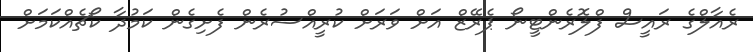
ރެއާލްގެ ރައީސް ފްލޮރެންޓީނޯ ޕެރޭޒް އަށް ވަރަށް ކުރީއްސުރެން ފެށިގެން ކަމުދާ ކޯޗެއްކަމަށް